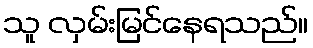
သူ လှမ်းမြင်နေရသည်။